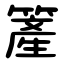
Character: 簅